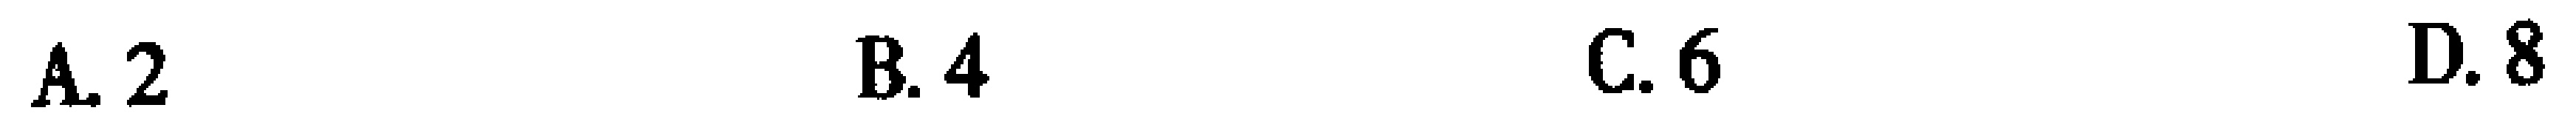
A. 2  B. 4  C. 6  D. 8